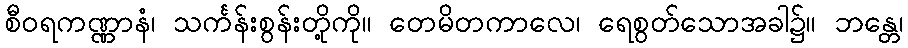
စီဝရကဏ္ဏာနံ၊ သင်္ကန်းစွန်းတို့ကို။ တေမိတကာလေ၊ ရေစွတ်သောအခါ၌။ ဘန္တေ၊